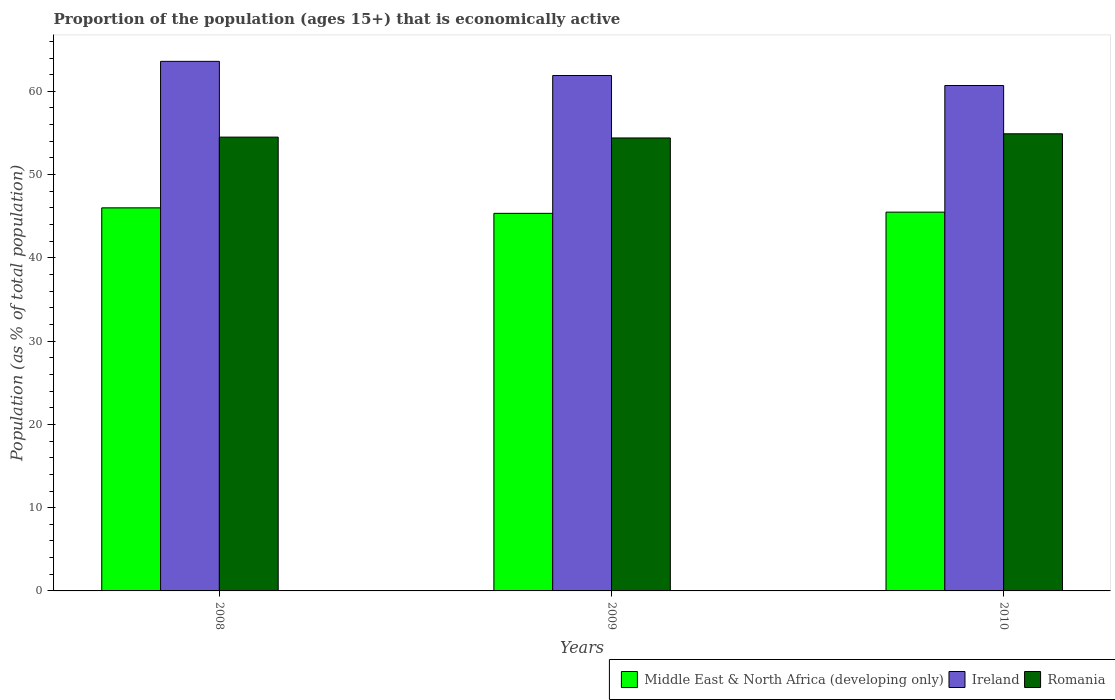
| Years | Middle East & North Africa (developing only) | Ireland | Romania |
 | --- | --- | --- | --- |
 | 2008 | 46 | 63.6 | 54.5 |
 | 2009 | 45.3 | 61.9 | 54.4 |
 | 2010 | 45.5 | 60.7 | 54.9 |